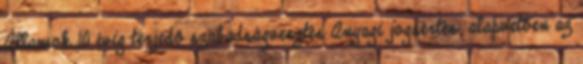
Államok 10 évig terjedő szabadságvesztés Anyagi jogsértés: alapvetően az